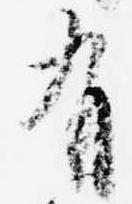
有